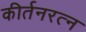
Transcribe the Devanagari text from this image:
कीर्तनरत्‍न